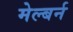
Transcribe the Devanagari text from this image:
मेल्बर्न